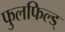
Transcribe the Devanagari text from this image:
फुलफिल्ड्